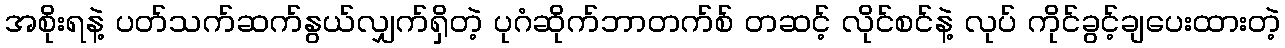
အစိုးရနဲ့ ပတ်သက်ဆက်နွယ်လျှက်ရှိတဲ့ ပုဂံဆိုက်ဘာတက်စ် တဆင့် လိုင်စင်နဲ့ လုပ် ကိုင်ခွင့်ချပေးထားတဲ့